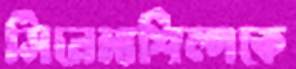
সিনেমাশিল্পকে